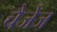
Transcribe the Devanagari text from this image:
चैजेज